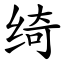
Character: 绮